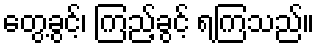
တွေ့ခွင့်၊ ကြည့်ခွင့် ရကြသည်။